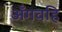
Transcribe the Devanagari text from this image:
अँगवहि